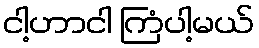
ငါ့ဟာငါ ကြံပါ့မယ်